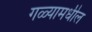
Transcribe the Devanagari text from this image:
गळ्यामधील